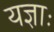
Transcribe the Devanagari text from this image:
यज्ञाः